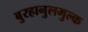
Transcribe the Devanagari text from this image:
बुरहानुलमुल्क